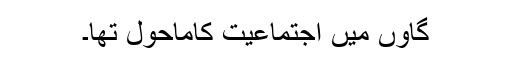
گاؤں میں اجتماعیت کاماحول تھا۔